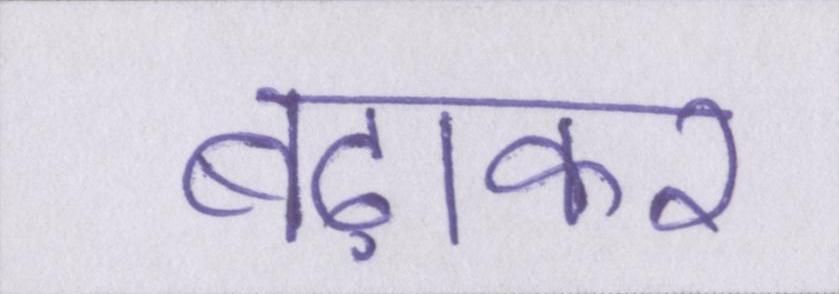
बढ़ाकर